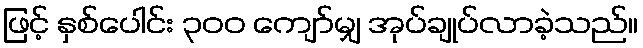
ဖြင့် နှစ်ပေါင်း ၃၀၀ ကျော်မျှ အုပ်ချုပ်လာခဲ့သည်။